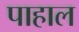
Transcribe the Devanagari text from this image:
पाहाल